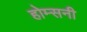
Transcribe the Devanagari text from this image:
होम्सनी